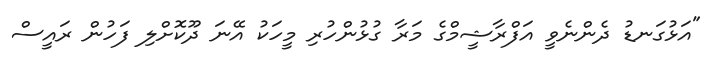
"އަޅުގަނޑު ދެންނެވީ އަފްރާޝީމްގެ މަރާ ގުޅުންހުރި މީހަކު އޭނަ ދޫކޮށްލި ފަހުން ރައީސް